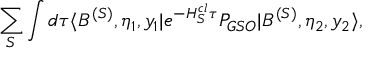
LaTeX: \sum _ { S } \int d \tau \langle B ^ { ( S ) } , \eta _ { 1 } , y _ { 1 } | e ^ { - H _ { S } ^ { c l } \tau } P _ { G S O } | B ^ { ( S ) } , \eta _ { 2 } , y _ { 2 } \rangle ,